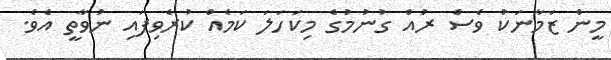
މީން ޒަމާނަކު ވެސް ރުއް ގުނުމުގެ މިކަހަލަ ކަމެއް ކުރެވިފައި ނުވާތީ އެވެ.